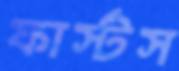
ফার্স্টস